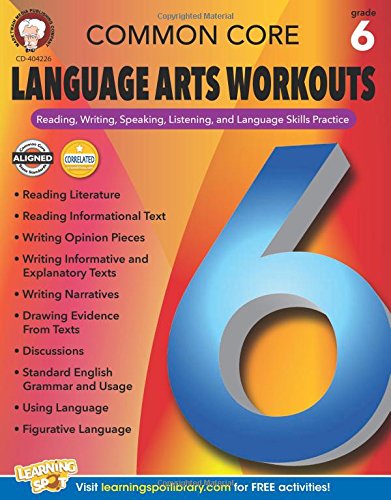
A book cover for Common Core Language Arts Workouts, Grade 6: Reading, Writing, Speaking, Listening, and Language Skills Practice; Linda Armstrong; Education & Teaching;